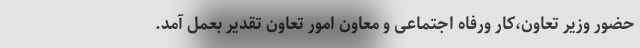
حضور وزیر تعاون،کار ورفاه اجتماعی و معاون امور تعاون تقدیر بعمل آمد.